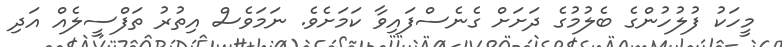
މީހަކު ފުލުހުންގެ ބެލުމުގެ ދަށަށް ގެނެސްފައިވާ ކަމަށެވެ. ނަމަވެސް އިތުރު ތަފްސީލެއް އަދި